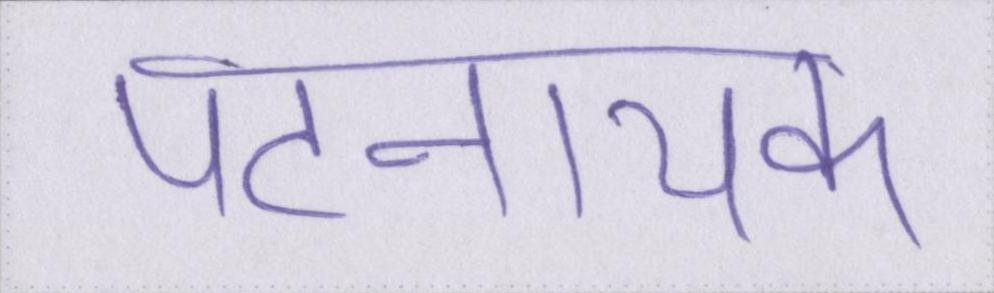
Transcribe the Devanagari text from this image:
पटनायक